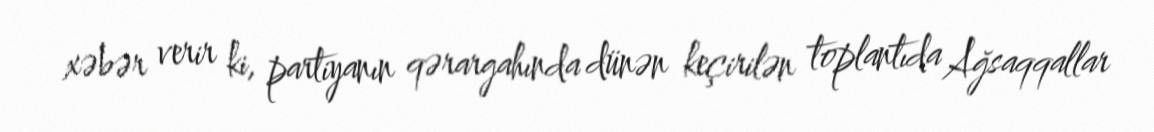
xəbər verir ki, partiyanın qərargahında dünən keçirilən toplantıda Ağsaqqallar